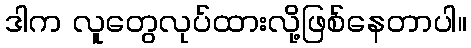
ဒါက လူတွေလုပ်ထားလို့ဖြစ်နေတာပါ။